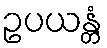
ဥပယန္တံ